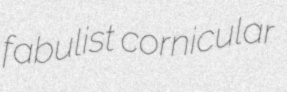
fabulist cornicular